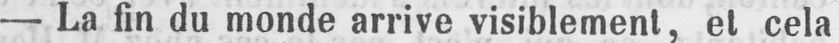
- La fin du monde arrive visiblement, et cela